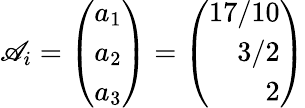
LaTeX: \mathscr{A}_{i}=\left(\begin{array}{r}{{a_{1}}}\\ {{a_{2}}}\\ {{a_{3}}}\end{array}\right)=\left(\begin{array}{r}{{17/10}}\\ {{3/2}}\\ {{2}}\end{array}\right)